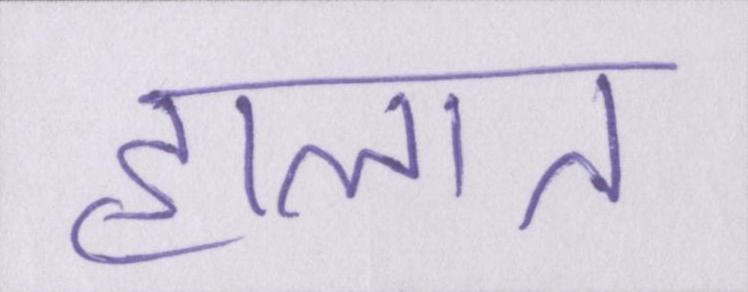
हालात